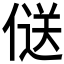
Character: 𠌡